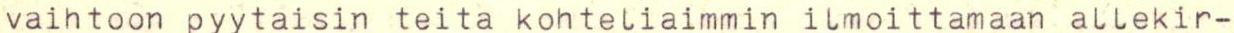
vaihtoon pyytaisin teita kohteliaimmin ilmoittamaan allekir-